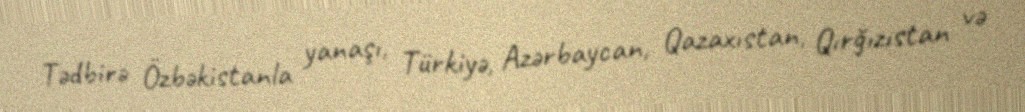
Tədbirə Özbəkistanla yanaşı, Türkiyə, Azərbaycan, Qazaxıstan, Qırğızıstan və